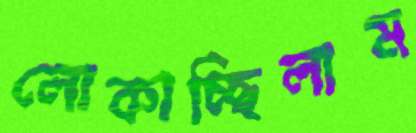
লোকাচ্ছিলাম